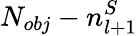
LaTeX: N_{obj}-n_{l+1}^{S}